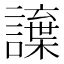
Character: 𮙂